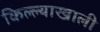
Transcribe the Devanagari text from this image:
किल्ल्याखाली